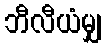
ဘီလီယံမျှ